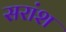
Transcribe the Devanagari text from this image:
सरांश